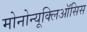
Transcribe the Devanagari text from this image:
मोनोन्यूक्लिऑसिस